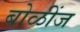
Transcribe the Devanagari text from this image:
बोळींज